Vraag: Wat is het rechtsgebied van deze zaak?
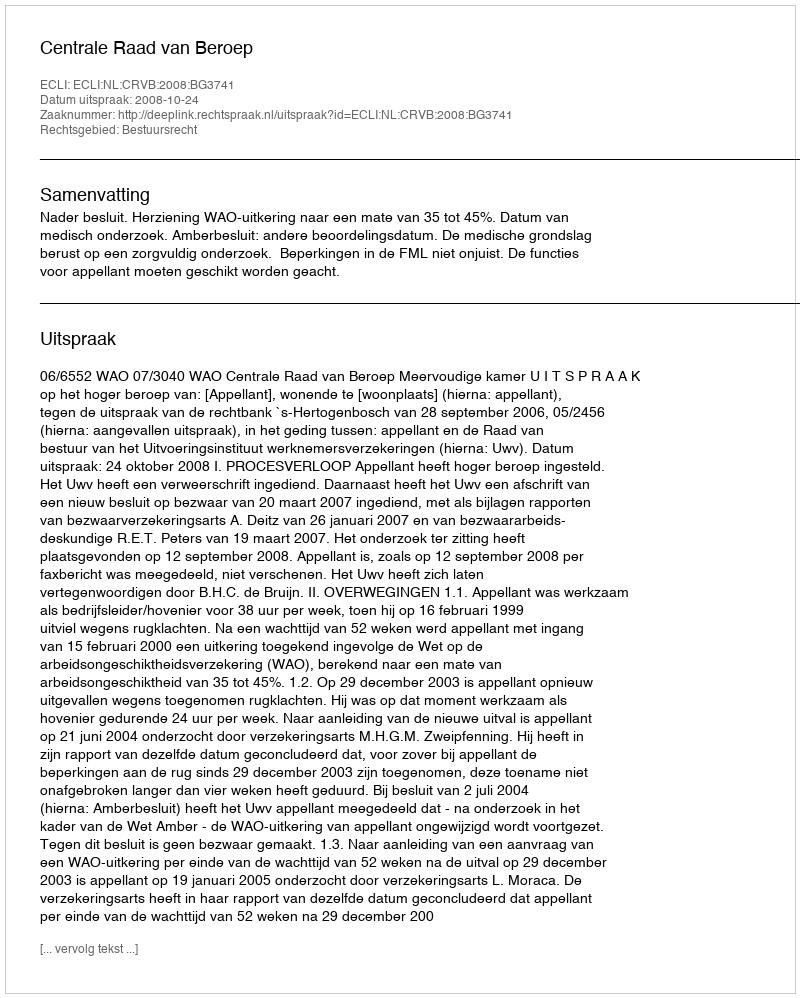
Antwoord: Bestuursrecht